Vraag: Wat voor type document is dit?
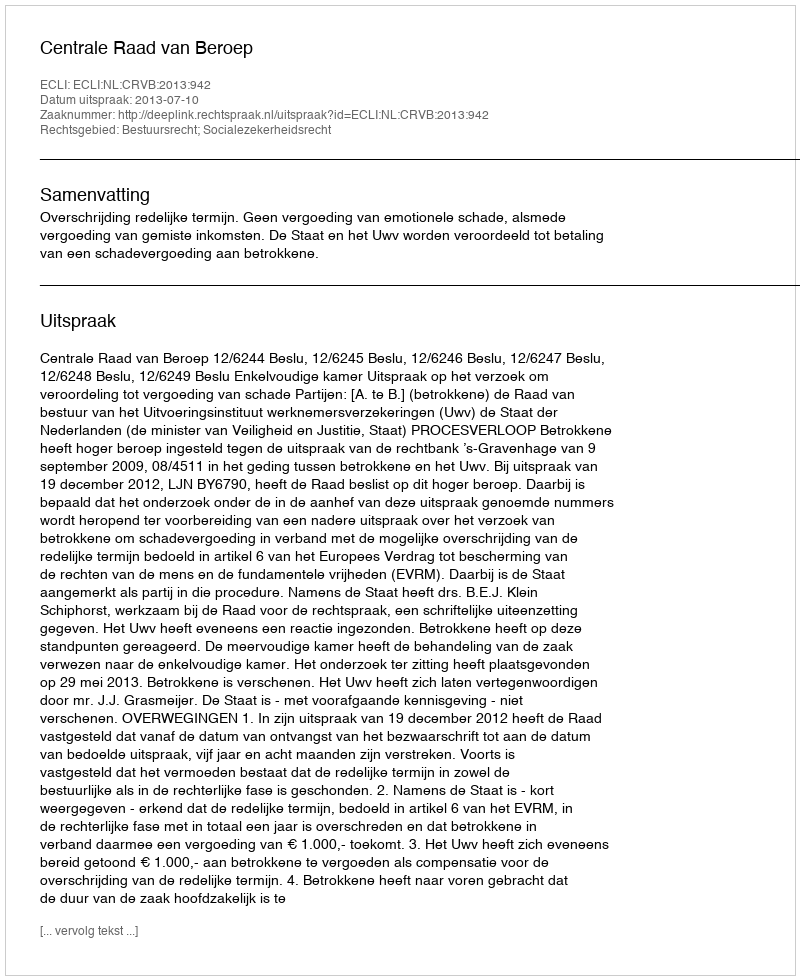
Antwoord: Uitspraak